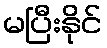
မပြီးနိုင်